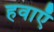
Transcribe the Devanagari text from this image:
हवाऍ